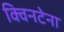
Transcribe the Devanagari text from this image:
क्विनटेना